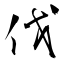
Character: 伐